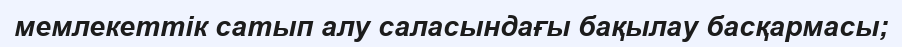
мемлекеттік сатып алу саласындағы бақылау басқармасы;